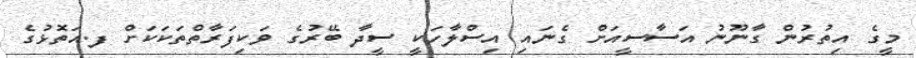
މީގެ އިތުރުން ގާނޫނު އަސާސީއަށް ގެނައި އިސްލާހަކީ ސީދާ ބޭރުގެ ވަކިފަރާތްތަކަކަށް ފ.އަތޮޅުގެ